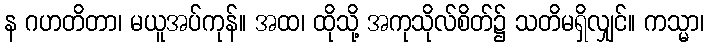
န ဂဟတိတာ၊ မယူအပ်ကုန်။ အထ၊ ထိုသို့ အကုသိုလ်စိတ်၌ သတိမရှိလျှင်။ ကသ္မာ၊